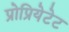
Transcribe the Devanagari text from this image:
प्रोप्रियेटेट